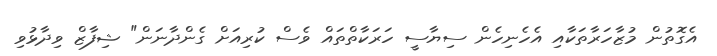
އެގޮތުން މުޒާހަރާތަކާއި އެހެނިހެން ސިޔާސީ ހަރަކާތްތައް ވެސް ކުރިއަށް ގެންދާނަން" ޝިފާޒް ވިދާޅުވި